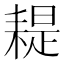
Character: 𦔂